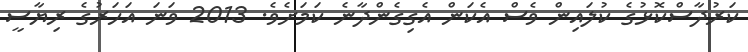
ކަރުދާސްކޮޅުގެ ކުލައިން ވެސް އެކަން އެގިގެންދާނެ ކަމަށެވެ. 2013 ވަނަ އަހަރުގެ ރިޔާސީ